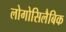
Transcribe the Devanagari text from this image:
लोगोसिलैबिक